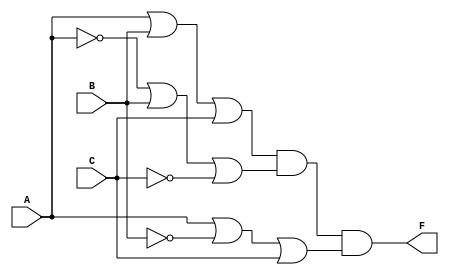
module pos_simplification (
    input wire A,
    input wire B,
    input wire C,
    output wire F
);

// Define the sum terms using OR gates
wire sum1; // A + B + C
wire sum2; // A' + B + C'
wire sum3; // A + B' + C

// Implementing the OR gates for each sum term
assign sum1 = A | B | C;          // First sum term
assign sum2 = ~A | B | ~C;       // Second sum term (A' + B + C')
assign sum3 = A | ~B | C;        // Third sum term (A + B' + C)

// Implementing the AND gate for the product of the sum terms
assign F = sum1 & sum2 & sum3;   // Final output F = (A + B + C)(A' + B + C')(A + B' + C)

endmodule